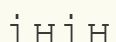
інін